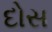
દોસ